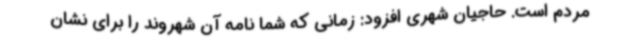
مردم است. حاجیان شهری افزود: زمانی که شما نامه آن شهروند را برای نشان